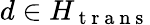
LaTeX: d\in H_{\mathrm{~t~r~a~n~s~}}